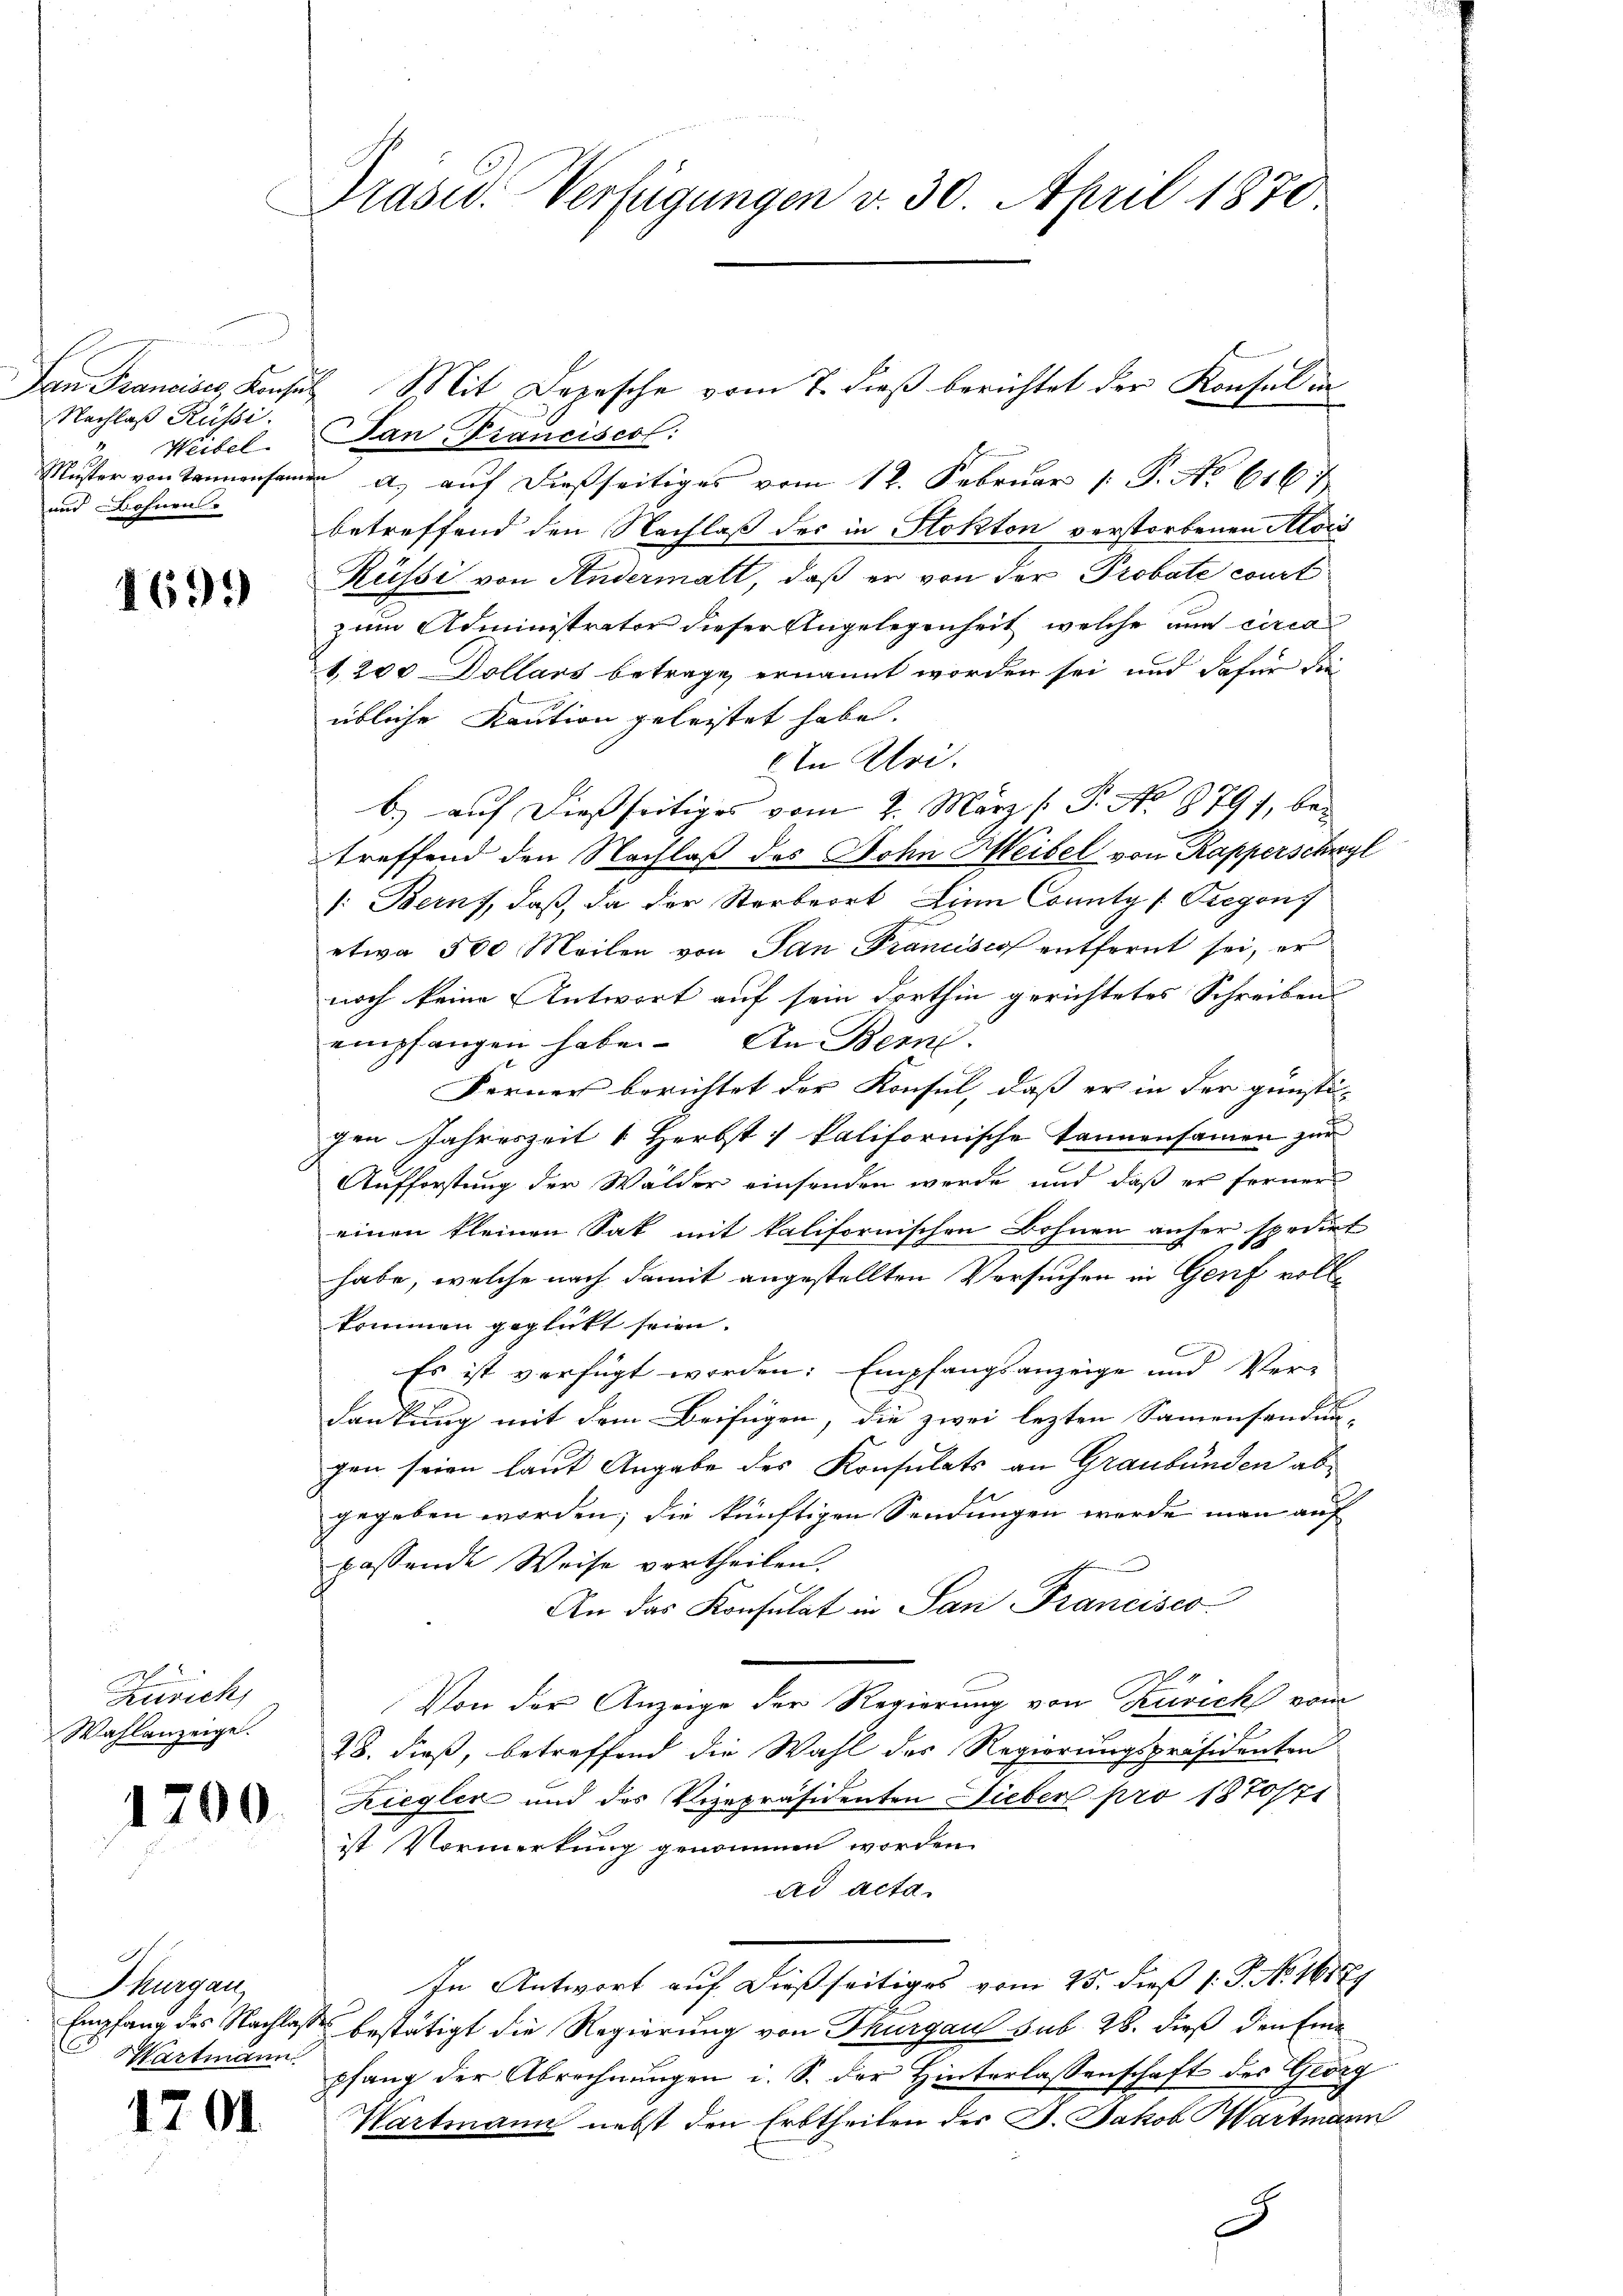
Nachlaß Russi
und ohnen.

469.

Zürich,
Wahlanzeige.

1700.

Thurgau
Wartmann

1701

Präsid. Verfügungen v. 30. April 1870

Weibel. San Franciscol
Muster von Tannensamen a. aŭf dießseitiges vom 12. Februar 1. P. No 6167
betreffend den Nachlaß des in Stokton verstorbenen Alois
Küssi von Andermatt, daß er von der Probate court
zum Administrator dieser Angelegenheit, welche und circa
1,200 Dollars betrage ernannt worden sei und dafür die
übliche Kaution geleistet habe.
In Uri.
b.) auf dießseitiges vom 2. März /: P. No 8791, betreffend den Nachlaß des Dohn Heibel von Kapperschwyl
1: Bern, daß da der Sterbeort Lina County /Pregon
etwa 500 Meilen von San Francisco entfernt sei, er
noch keine Antwort auf sein Forthin gerichtetes Schreibens
empfangen habe. An Bern.
Ferner berichtet der Konsul, daß er in der günsti-
gen Jahreszeit 1 Herbst kalifornische Tannensamen zur
Aufforstung der Wälder einsenden werde und daß er ferner
einen kleinen Sat mit kalifornischen Bohnen anher spedirt
habe, welche nach damit angestellten Versuchen in Genf vollkommen geglückt seien.
Es ist verfügt worden: Empfangsanzeige und Ver-
dankung mit dem Beifügen, die zwei lezten Sammensendun-
gen seien laut Angabe des Konsulats an Graubünden abgegeben worden; die künftigen Sendungen werde man auf
passende Weise vertheilen.
An das Konsulat in San Francisco
Von der Anzeige der Regierung von Zürich vom
28. dieß, betreffend die Wahl des Regierungspräsidenten
Ziegler und des Vizepräsidenten Dieber pro 1870/71
ist Vormerkung genommen worden.
ad acta.
In Antwort auf dießseitiges vom 25. dieß 1: P. No. 16179
Empfang des Nachlasse bestätigt die Regierung von Thurgau sub 28. dieß den Eine
pfang der Abrechnungen i. S. der Hinterlassenschaft des Georg
Wartmann nebst den Erbtheilen des J. Jakob Hartmann
b

San Francises Konsul Mit Depesche vom 7. dieß berichtet der Konsul in